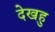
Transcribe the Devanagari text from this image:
देखहु